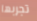
تجربها